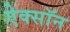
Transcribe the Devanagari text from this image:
ऐक्सॉन